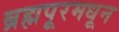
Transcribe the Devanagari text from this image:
ब्रह्मपूरमधून